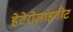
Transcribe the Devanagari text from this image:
हेटेरोज़ाइगोट